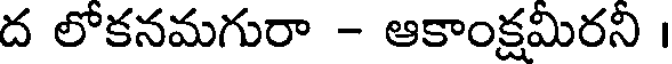
ద లోకనమగురా - ఆకాంక్షమిరని ।